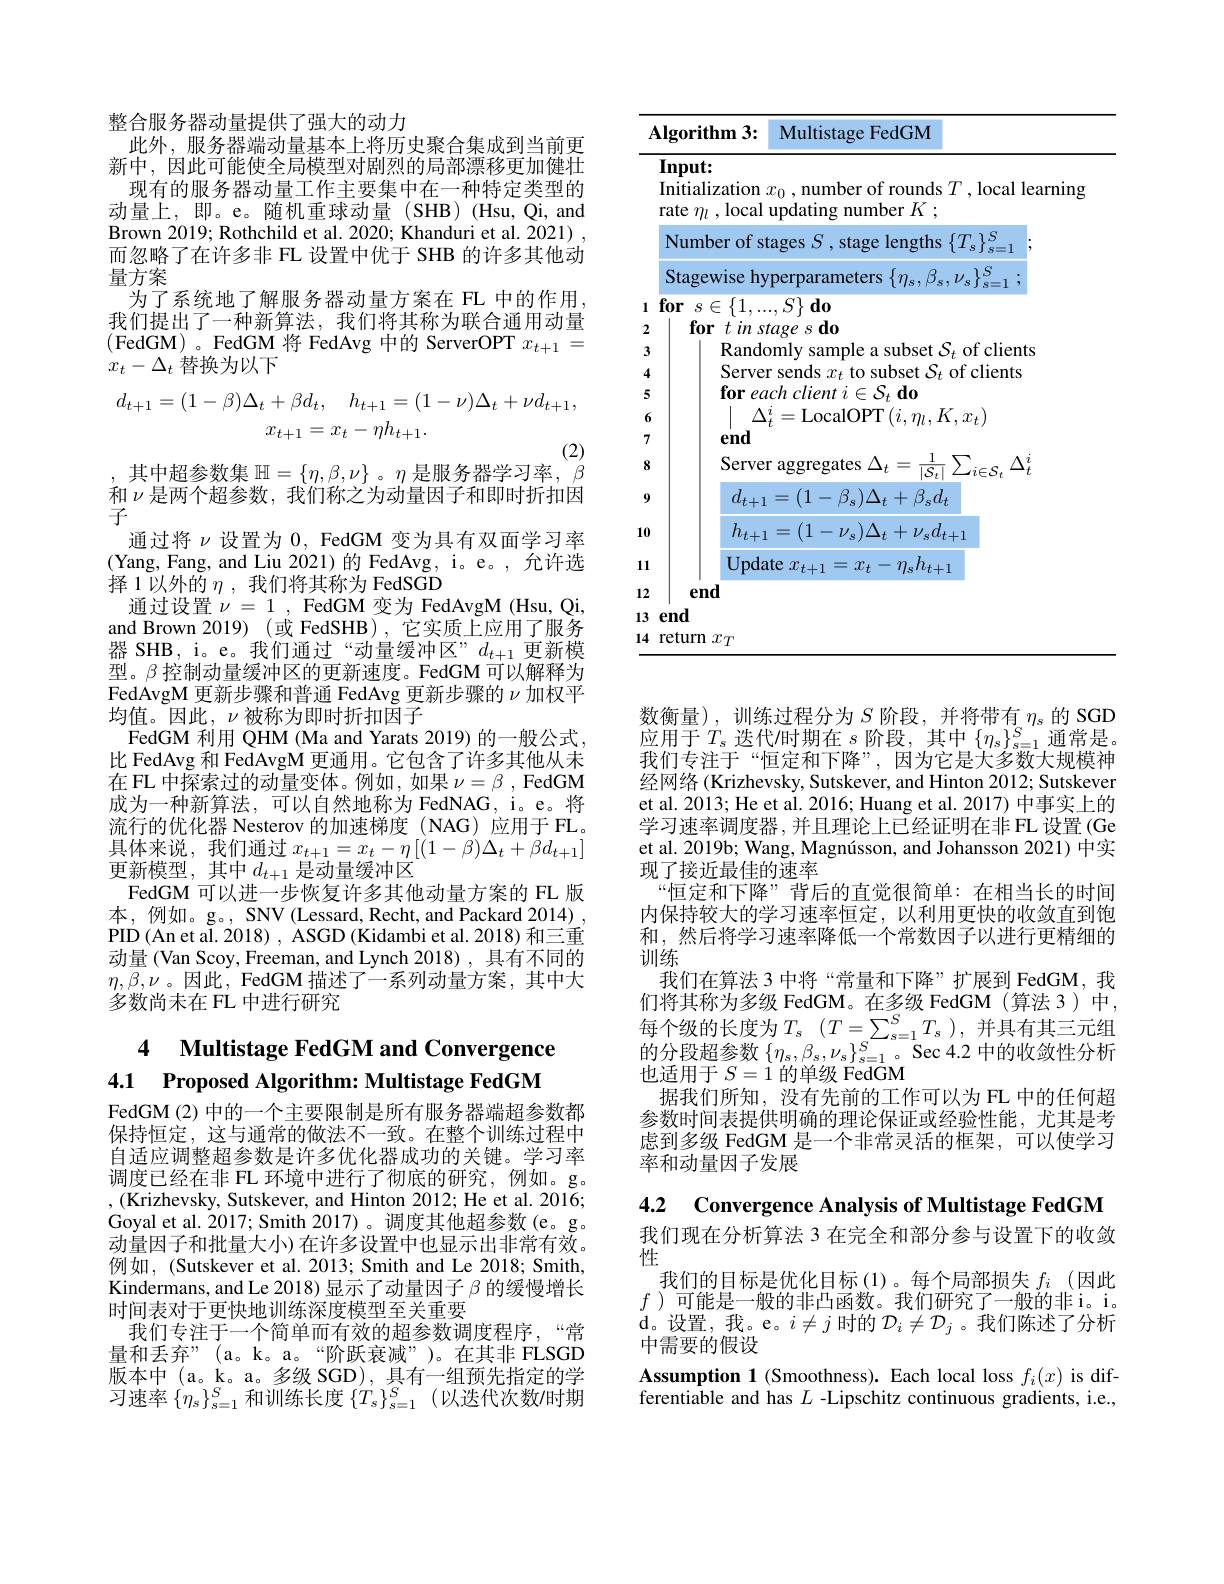
整合服务器动量提供了强大的动力
此外，服务器端动量基本上将历史聚合集成到当前更新中，因此可能使全局模型对剧烈的局部漂移更加健壮
现有的服务器动量工作主要集中在一种特定类型的动量上，即。e。随机重球动量(SHB)(Hsu,Qi,and Brown 2019; Rothchild et al. 2020; Khanduri et al. 2021) , 而忽略了在许多非 FL 设置中优于 SHB 的许多其他动量方案
为了系统地了解服务器动量方案在 FL 中的作用， 我们提出了一种新算法，我们将其称为联合通用动量(FedGM)。FedGM 将 FedAvg 中的 ServerOPT $x_t+1=$ $x_t-\Delta_t$替换为以下
$$d_{t+1}=(1-\beta)\Delta_{t}+\beta d_{t},\quad h_{t+1}=(1-\nu)\Delta_{t}+\nu d_{t+1},\\x_{t+1}=x_{t}-\eta h_{t+1}.$$
,其中超参数集 $\mathbb{H}=\{\eta,\beta,\nu\}$。$\eta$ 是服务器学习率$,\beta$

和$\nu$是两个超参数，我们称之为动量因子和即时折扣因
子
通过将$\nu$设置为0，FedGM 变为具有双面学习率(Yang,Fang, and Liu 2021)的FedAvg，i。e。,允许选择 1 以外的$\eta$ ,我们将其称为 FedSGD
通过设置$\nu=1$, FedGM 变为 FedAvgM (Hsu, Qi, and Brown 2019) (或 FedSHB), 它实质上应用了服务器 SHB, i。e。我们通过“动量缓冲区”$d_t+1$更新模型。$\beta$控制动量缓冲区的更新速度。FedGM 可以解释为FedAvgM 更新步骤和普通 FedAvg 更新步骤的$\nu$加权平均值。因此，$\nu$被称为即时折扣因子
FedGM 利用 QHM (Ma and Yarats 2019) 的一般公式， 比 FedAvg 和 FedAvgM 更通用。它包含了许多其他从未在 FL 中探索过的动量变体。例如，如果$\nu=\beta$ , FedGM 成为一种新算法，可以自然地称为 FedNAG, i。e。将流行的优化器 Nesterov 的加速梯度 (NAG)应用于 FL。具体来说，我们通过$x_t+1=x_t-\eta\left[(1-\beta)\Delta_t+\beta d_{t+1}\right]$ 更新模型，其中$d_t+1$ 是动量缓冲区
FedGM 可以进一步恢复许多其他动量方案的 FL 版本，例如。g。, SNV(Lessard,Recht,andPackard2014), PID (An et al. 2018) , ASGD (Kidambi et al. 2018) 和三重动量 (Van Scoy, Freeman, and Lynch 2018), 具有不同的$\eta,\overline{\beta},\nu$。因此，FedGM 描述了一系列动量方案，其中大多数尚未在 FL 中进行研究

# 4 Multistage FedGM and Convergence 4.1 Proposed Algorithm: Multistage FedGM

FedGM (2) 中的一个主要限制是所有服务器端超参数都保持恒定，这与通常的做法不一致。在整个训练过程中自适应调整超参数是许多优化器成功的关键。学习率调度已经在非 FL 环境中进行了彻底的研究，例如。g。,(Krizhevsky, Sutskever, and Hinton 2012; He et al. 2016; Goyal et al. 2017; Smith 2017)。调度其他超参数(e。g。动量因子和批量大小)在许多设置中也显示出非常有效。例如，(Sutskever et al. 2013; Smith and Le 2018; Smith, Kindermans, and Le 2018) 显示了动量因子$\beta$的缓慢增长时间表对于更快地训练深度模型至关重要
我们专注于一个简单而有效的超参数调度程序，“常量和丢弃”(a。k。a。“阶跃衰减”)。在其非 FLSGD 版本中 (a。k。a。多级 SGD), 具有一组预先指定的学习速率$\{\eta_s\}_{s=1}^S$和训练长度$\{T_s\}_s=1^S$ (以迭代次数/时期

<table>
	<tbody>
		<tr>
			<th>$\mathbf{Algorithm}$ 13:</th>
			<th>$A$</th>
			<th>$\mathbf{n}3:$ Multistage FedGM</th>
		</tr>
		<tr>
			<td>$Input:$ Initialization rate $m$,local </td>
			<td> </td>
			<td>tion $x_0$,number of rounds $T$,local lear ocal updating number $K$ ;</td>
		</tr>
		<tr>
			<td>Number of $st$</td>
			<td> </td>
			<td>of stages $S$,stage lengths $\{T_{\mathrm{s}}\}$</td>
		</tr>
		<tr>
			<td>return $\textbf{l}x_{T}$</td>
			<td>4</td>
			<td> </td>
		</tr>
	</tbody>
</table>

数衡量),训练过程分为$S$阶段，并将带有$\eta_s$的 SGD 应用于$T_s$迭代/时期在$s$阶段，其中$\{\eta_s\}_s=1^S$通常是。我们专注于“恒定和下降”,因为它是大多数大规模神经网络 (Krizhevsky, Sutskever, and Hinton 2012; Sutskever et al. 2013; He et al. 2016; Huang et al. 2017) 中事实上的学习速率调度器，并且理论上已经证明在非 FL 设置 (Ge et al. 2019b; Wang, Magnússon, and Johansson 2021) 中实现了接近最佳的速率
“恒定和下降”背后的直觉很简单：在相当长的时间内保持较大的学习速率恒定，以利用更快的收敛直到饱和，然后将学习速率降低一个常数因子以进行更精细的训练
我们在算法 3 中将“常量和下降”扩展到 FedGM,我们将其称为多级 FedGM。在多级 FedGM (算法 3)中， 每 个 级 的 长 度 为 $T_{s}$ $( T= \sum _{s= 1}^{S}T_{s}$ ),并 具 有 其 三 元 组 的 分 段 超 参 数 $\{ \eta _{s}, \beta _{s}, \nu _{s}\} _{s= 1}^{S}$ Sec 4. 2 中 的 收 敛 性 分 析也适用于$S=1$的单级 FedGM
据我们所知，没有先前的工作可以为 FL 中的任何超参数时间表提供明确的理论保证或经验性能，尤其是考虑到多级 FedGM 是一个非常灵活的框架，可以使学习率和动量因子发展

4.2 Convergence Analysis of Multistage FedGM

我们现在分析算法 3 在完全和部分参与设置下的收敛
性
我们的目标是优化目标(1)。每个局部损失$f_i$ (因此$f$ )可能是一般的非凸函数。我们研究了一般的非i。i。$\begin{array}{l}\mathrm{d。设置，我。e。}i\neq j\text{ 时的 }\mathcal{D}_i\neq\mathcal{D}_j\text{ 。我们陈述了分析}\\\text{中需要的假设}\end{array}$ Assumption 1 (Smoothness). Each local loss $f_i(x)$ is differentiable and has $L$ -Lipschitz continuous gradients, i.e.,